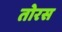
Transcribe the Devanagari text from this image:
तोरस